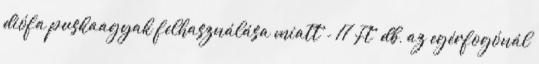
diófa puskaagyak felhasználása miatt - 17 Ft db, az egérfogónál